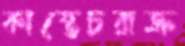
কাস্তেচরাক্র